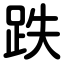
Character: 跌